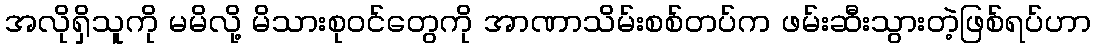
အလိုရှိသူကို မမိလို့ မိသားစုဝင်တွေကို အာဏာသိမ်းစစ်တပ်က ဖမ်းဆီးသွားတဲ့ဖြစ်ရပ်ဟာ